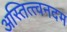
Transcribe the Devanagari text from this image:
अस्तित्त्वनदम